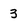
Character: 3